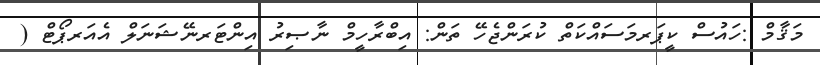
މަޤާމް :ހައުސް ކީޕަރމަސައްކަތް ކުރަންޖެހޭ ތަން: އިބްރާހީމް ނާޞިރު އިންޓަރނޭޝަނަލް އެއަރޕޯޓް (